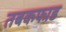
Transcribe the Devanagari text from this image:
तबकफाड